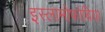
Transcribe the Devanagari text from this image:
इस्लामोफोबिया